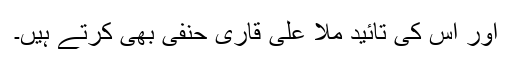
اور اس کی تائید ملا علی قاری حنفی بھی کرتے ہیں۔